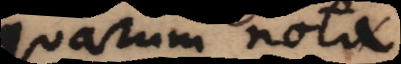
quarum nota